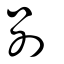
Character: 別